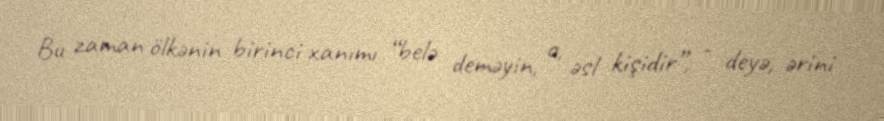
Bu zaman ölkənin birinci xanımı “belə deməyin, o, əsl kişidir”, - deyə, ərini